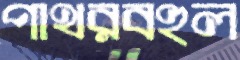
পাথরবহুল